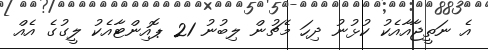
އެ ނަތީޖާއާއެކު ކުޅުނު ދިހަ މެޗުން ލިބުނު 21 ޕޮއިންޓާއެކު ލީގުގެ އެއް